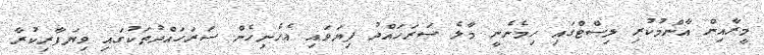
މީރާއިން އާންމުކުރި ލިސްޓްގައި ހިމެނެނީ މާލެ ސަރަހައްދު ފިޔަވައި އެހެނިހެން ސަރަހައްދުތަކުގައި ވިޔަފާރިކުރާ